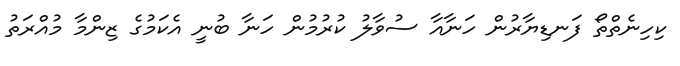
ކިހިނެތްތޯ ފަނޑިޔާރުން ހަނާއާ ސުވާލު ކުރުމުން ހަނާ ބުނީ އެކަމުގެ ޒިންމާ މުއްރަތު